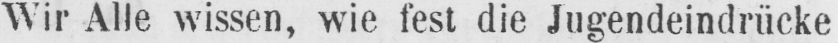
Wir Alle wissen, wie fest die Jugendeindrücke